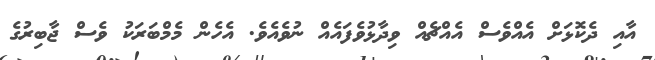
އާއި ދެކޮޅަށް އެއްވެސް އެއްޗެއް ވިދާޅުވެފައެއް ނުވެއެވެ. އެހެން މެމްބަރަކު ވެސް ޖާބިރުގެ